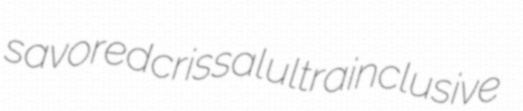
savored crissal ultrainclusive